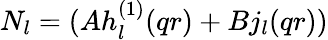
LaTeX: N_{l}=(Ah_{l}^{(1)}(qr)+Bj_{l}(qr))